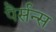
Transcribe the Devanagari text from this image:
पैर्सन्स